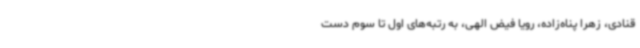
قنادی، زهرا پناه‌زاده، رویا فیض الهی، به رتبه‌های اول تا سوم دست‌